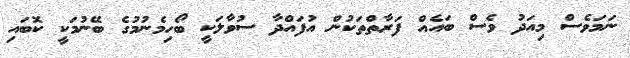
ނަމަވެސް މިއަދު ވެސް ބައެއް ފަރާތްތަކުން އުފައްދާ ސުވާލަކީ ބޯހިމެނުމުގެ ބޭނުމަކީ ކޮބައި